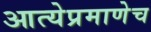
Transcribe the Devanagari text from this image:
आत्येप्रमाणेच